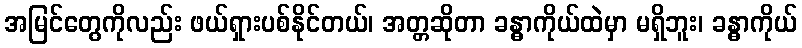
အမြင်တွေကိုလည်း ဖယ်ရှားပစ်နိုင်တယ်၊ အတ္တဆိုတာ ခန္ဓာကိုယ်ထဲမှာ မရှိဘူး၊ ခန္ဓာကိုယ်